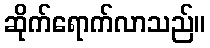
ဆိုက်ရောက်လာသည်။